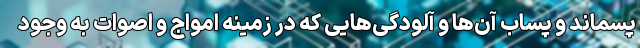
پسماند و پساب آن‌ها و آلودگی‌هایی که در زمینه امواج و اصوات به وجود